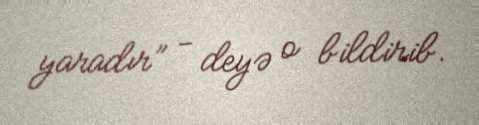
yaradır” - deyə o bildirib.